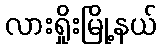
လားရှိုးမြို့နယ်